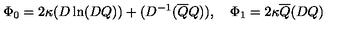
\Phi _ { 0 } = 2 \kappa ( D \ln ( D Q ) ) + ( D ^ { - 1 } ( \overline { { Q } } Q ) ) , \quad \Phi _ { 1 } = 2 \kappa \overline { { Q } } ( D Q )